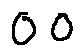
o o